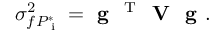
\sigma _ { f P _ { \textrm { i } } ^ { * } } ^ { 2 } = \textbf { g } ^ { \mathrm { ~ T ~ } } \textbf { V } \textbf { g } .